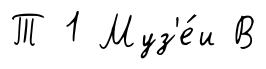
Т 1 Муз'е́и В